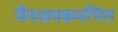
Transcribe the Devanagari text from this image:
जैवअवक्रमणित